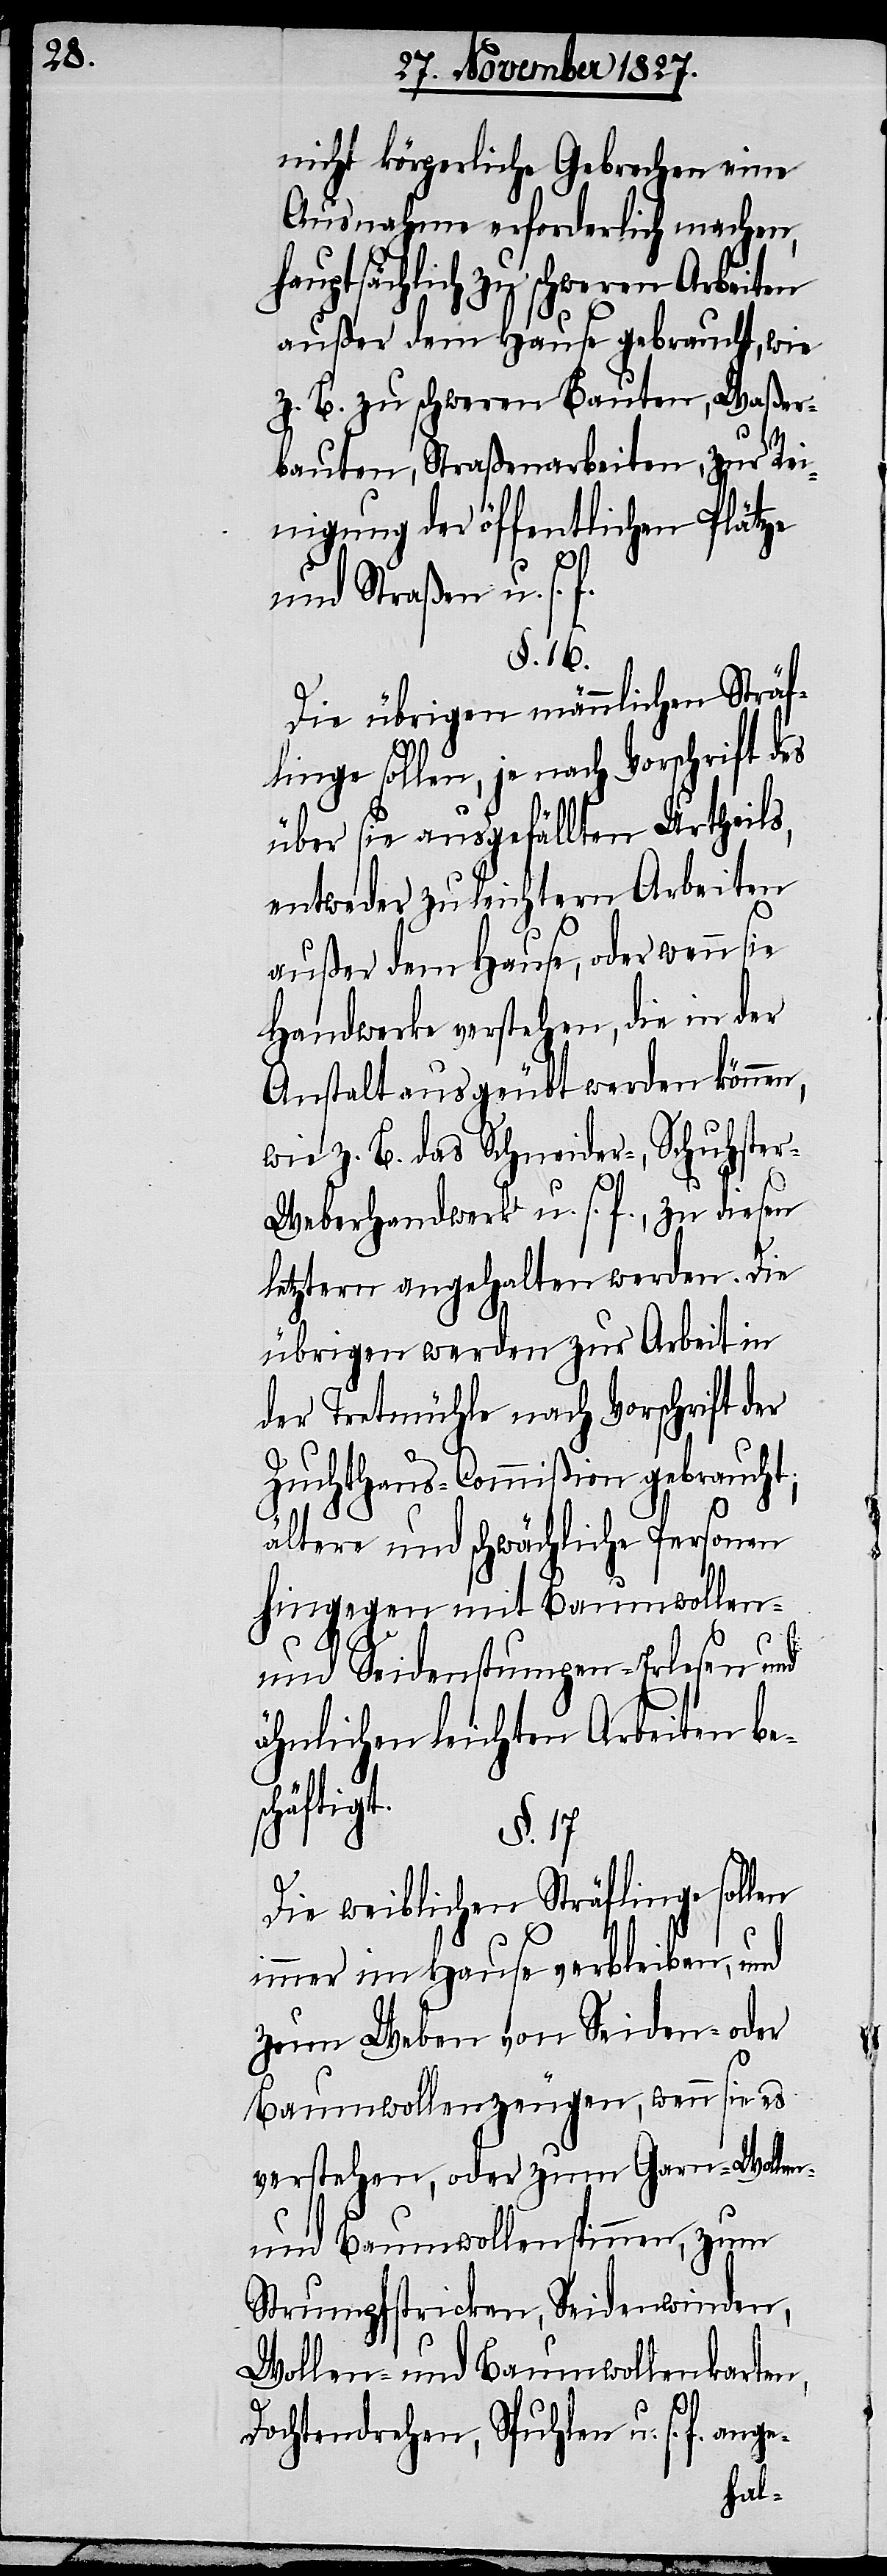
nicht körperliche Gebrechen eine
Ausnahme erforderlich machen,
hauptsächlich zu schweren Arbeiten
außer dem Hause gebraucht, wie
z. B. zu schweren Bauten, Waßer¬
bauten, Straßenarbeiten, zur Rei¬
nigung der öffentlichen Plätze
und Straßen u. s. f.
§. 16.
Die übrigen männlichen Sträf¬
linge sollen, je nach Vorschrift des
über sie ausgefällten Urtheils,
entweder zu leichtern Arbeiten
außer dem Hause, oder wenn sie
Handwerke verstehen, die in der
Anstalt ausgeübt werden können,
wie z. B. das Schneider-, Schuhster-,
Weberhandwerk u. s. f., zu diesen
letztern angehalten werden. Die
übrigen werden zur Arbeit in
der Tretmühle nach Vorschrift der
Zuchthaus-Commißion gebraucht,
ältere und schwächliche Personen
hingegen mit Baumwollen-
und Seidenstumpen-Erlesen und
ähnlichen leichten Arbeiten bes¬
chäftig¬
§. 17.
Die weiblichen Sträflinge sollen
immer im Hause verbleiben, und
zum Weben von Seiden- oder
Baumwollenzeugen, wenn sie es
verstehen, oder zum Garn- Wollen-
und Baumwollenspinnen, zum
Strumpfstricken, Seidenwinden,
Wollen- und Baumwollenkarten,
t.
Dochtdrehen, Spuhlen u. s. f. ange-